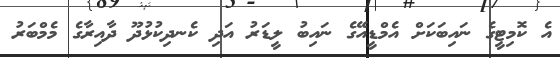
އެ ކޮމިޓީގެ ނައިބަކަށް އެމްޑީއޭގެ ނައިބު ލީޑަރު އަދި ކެނދިކުޅުދޫ ދާއިރާގެ މެމްބަރު